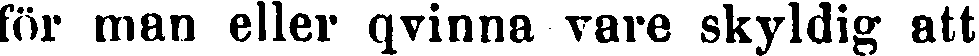
för man eller qvinna vare skyldig att